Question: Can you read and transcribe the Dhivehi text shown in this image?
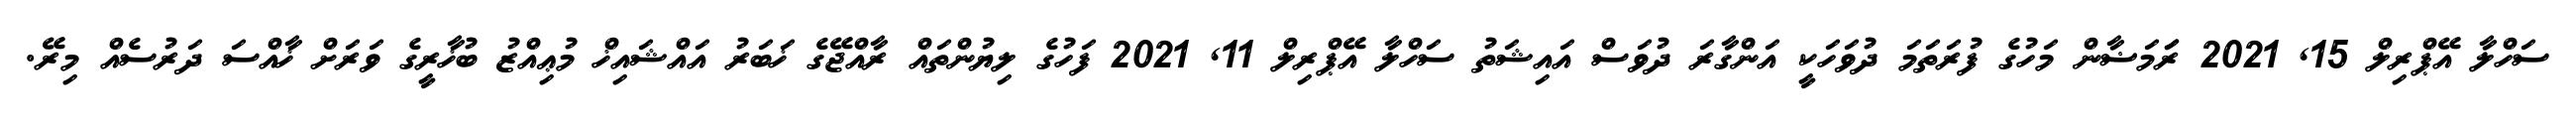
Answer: ސަހްލާ އޭޕްރިލް 15, 2021 ރަަމަޟާން މަހުގެ ފުރަތަމަ ދުވަހަކީ އަންގާރަ ދުވަސް އައިޝަތު ސަހްލާ އޭޕްރިލް 11, 2021 ފަހުގެ ލިޔުންތައް ރާއްޖޭގެ ޚަބަރު އައްޝައިޚް މުޢިއްޒު ބުޚާރީގެ ވަރަށް ޚާއްސަ ދަރުސެއް މިރޭ.